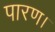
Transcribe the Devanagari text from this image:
पारण।